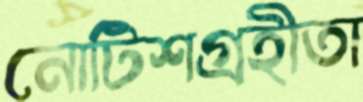
নোটিশগ্রহীতা